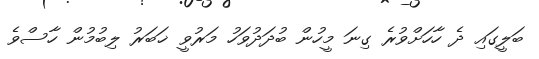
ބަލީގައި ދެ ހާހަށްވުރެ ގިނަ މީހުން ބުދަދުވަހު މަރުވީ ޚަބަރު ލިބުމުން ހާސްވެ